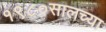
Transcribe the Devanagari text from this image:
१९८०सालच्या